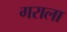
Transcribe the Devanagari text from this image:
गराला